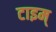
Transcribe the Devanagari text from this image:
टाइम्